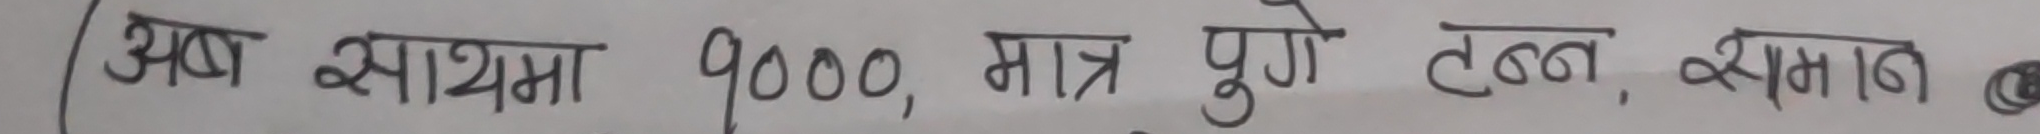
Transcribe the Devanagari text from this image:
अब खातामा १००० मात्र पुगे टन्न, क्षमता ⓔ